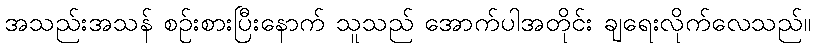
အသည်းအသန် စဉ်းစားပြီးနောက် သူသည် အောက်ပါအတိုင်း ချရေးလိုက်လေသည်။